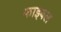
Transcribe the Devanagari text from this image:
फाइबल